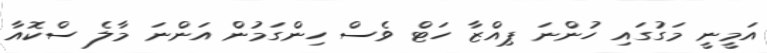
އަމީނީ މަގުގައި ހުންނަ ޕިއްޒާ ހަޓް ވެސް ހިންގަމުން އަންނަ މާލެ ސްކޮއާ